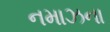
નમાઝના